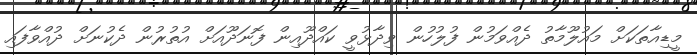
މީޑިއާތަކަށް މައުލޫމާތު ދެއްވަމުން ފުލުހުން ވިދާޅުވީ ކައްދޫއިން ފޮނަދޫއަށް އުތުރުން ދެކުނަށް ދުއްވާފައި